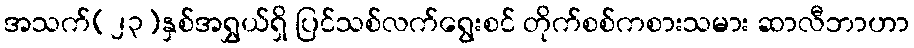
အသက်(၂၃)နှစ်အရွှယ်ရှိ ပြင်သစ်လက်ရွေးစင် တိုက်စစ်ကစားသမား ဆာလီဘာဟာ